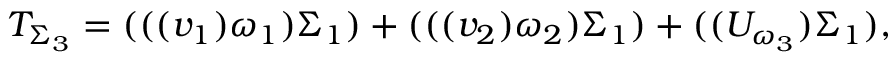
T _ { \Sigma _ { 3 } } = ( ( ( v _ { 1 } ) \omega _ { 1 } ) \Sigma _ { 1 } ) + ( ( ( v _ { 2 } ) \omega _ { 2 } ) \Sigma _ { 1 } ) + ( ( U _ { \omega _ { 3 } } ) \Sigma _ { 1 } ) ,